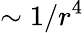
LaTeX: \sim 1/r^{4}